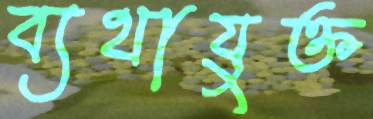
ব্যথাযুক্ত